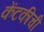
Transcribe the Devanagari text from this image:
केंटकीची